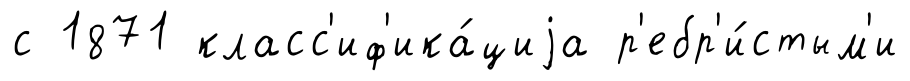
с 1871 класс'иф'ика́циjа р'ебр'и́стым'и